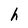
Character: h